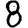
Digit: 8